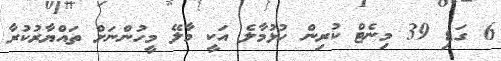
6 ގަޑި 39 މިނެޓް ކުރިން ހުޅުމާލެ އަކީ މާލޭ މީހުންނަށް ތައްޔާރުކުރާ